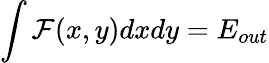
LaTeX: \int\mathcal{F}(x,y)dxdy=E_{out}